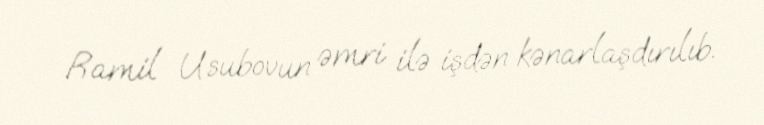
Ramil Usubovun əmri ilə işdən kənarlaşdırılıb.